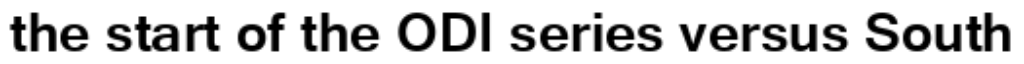
the start of the ODI series versus South